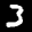
Label: 3